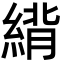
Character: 䋳